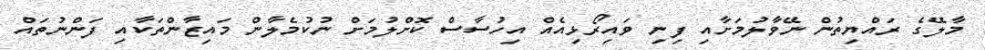
މާލޭގެ ރައްޔިތުން ނޭވާލުމަށާއި ފިނި ވައިރޯޅިއެއް އިހުސާސް ކޮށްލުމަށް ނުކުމެލާން މައިޒާންތަކާއި ފަންނުތައް